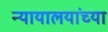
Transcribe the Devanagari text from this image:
न्यायालयांच्या